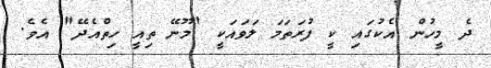
ދެ މީހުން އެކުގައި ކީ ފުރަތަމަ ލަވައަކީ "މޫނޭ ތިއީ ހިތްއެދޭ" އެވެ.